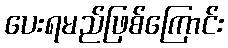
ပေးရမည်ဖြစ်ကြောင်း